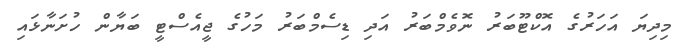
މިދިޔަ އަހަރުގެ އޮކްޓޫބަރު ނޮވެމްބަރު އަދި ޑިސެމްބަރު މަހުގެ ޖީއެސްޓީ ބަޔާން ހުށަނާޅައި